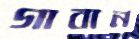
গাবান